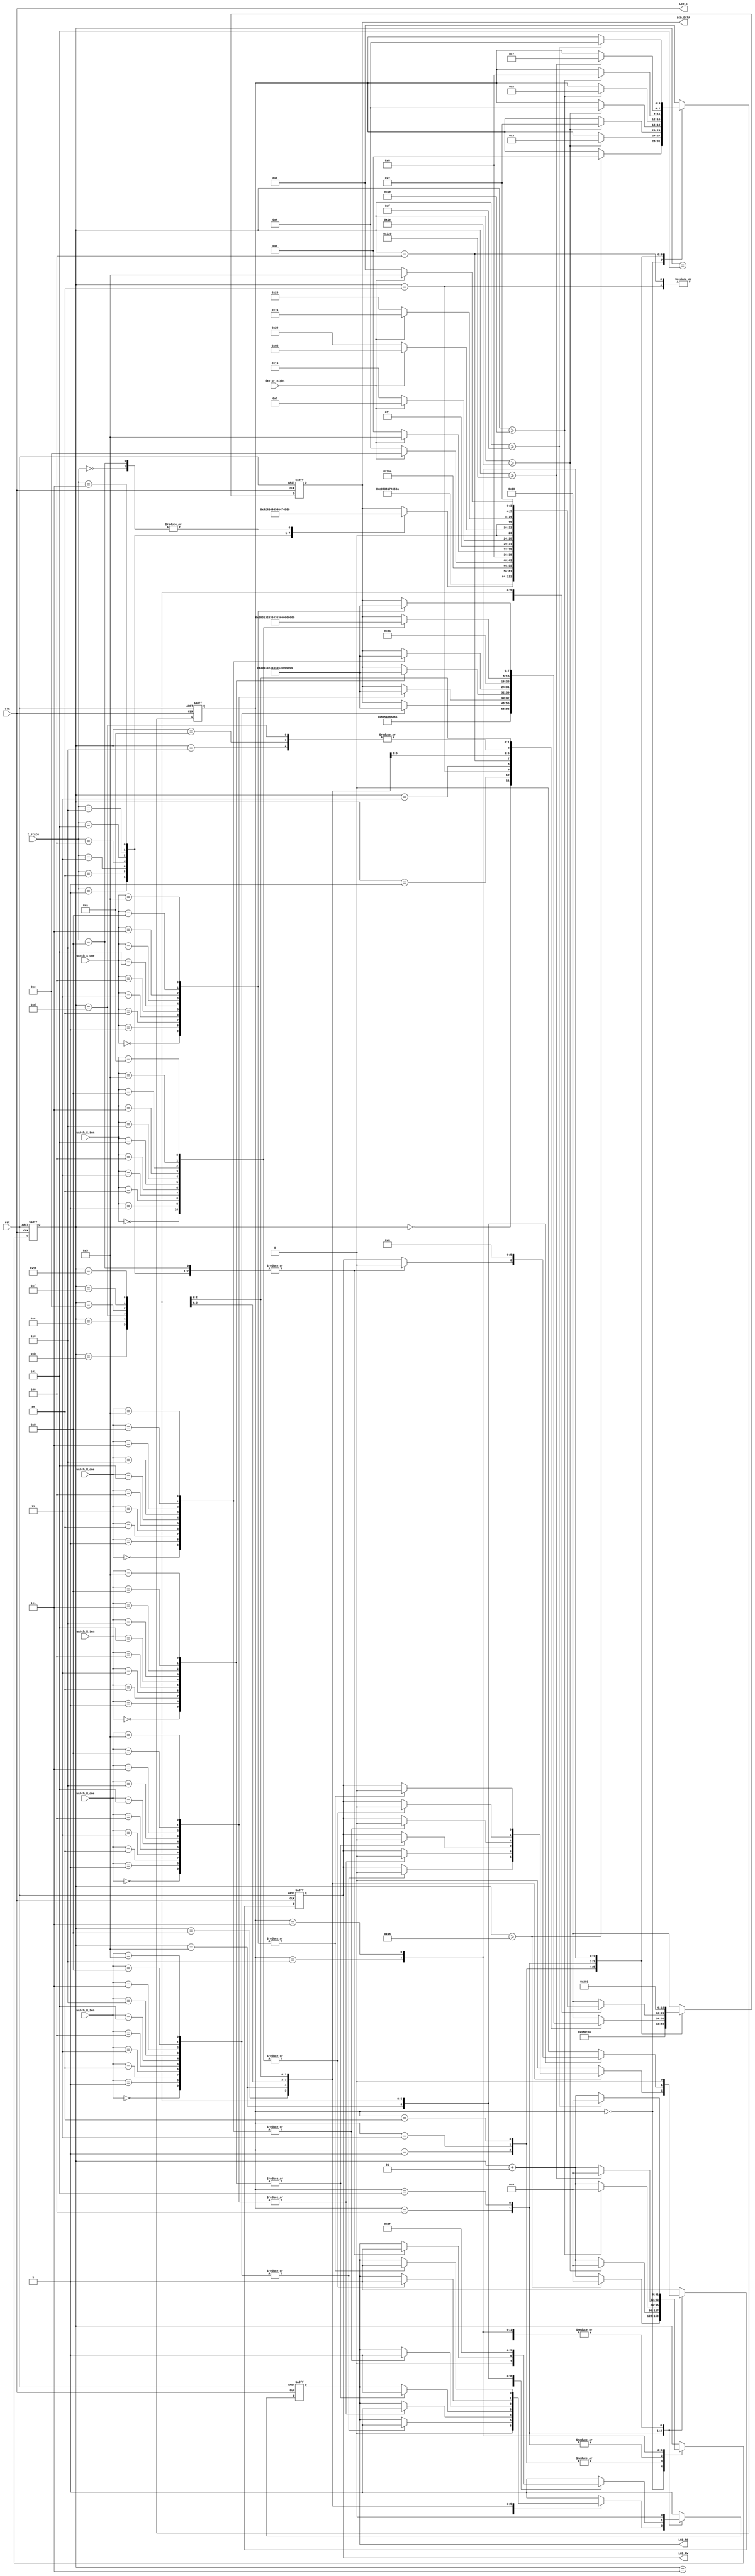
`timescale 1ns / 1ps


module LCD(rst, clk, watch_H_ten,
watch_H_one,
watch_M_ten,
watch_M_one,
watch_S_ten,
watch_S_one, day_or_night, t_state, LCD_E, LCD_RS, LCD_RW, LCD_DATA);

input rst, clk, day_or_night;
input [3:0] t_state; // state of traffic light
input [3:0]  
watch_H_ten,
watch_H_one,
watch_M_ten,
watch_M_one,
watch_S_ten,
watch_S_one;

output LCD_E, LCD_RS, LCD_RW;
output reg [7:0] LCD_DATA;

wire LCD_E;
reg LCD_text;
reg LCD_RS, LCD_RW;

reg [3:0] state; 
parameter DELAY = 3'b000,
          FUNCTION_SET = 3'b001,
          ENTRY_MODE = 3'b010,
          DISP_ONOFF = 3'b011,
          LINE1 = 3'b100,
          LINE2 = 3'b101,
          DELAY_T = 3'b110,
          CLEAR_DISP = 3'b111;

integer cnt;

always @(posedge clk or negedge rst)
begin
    if(!rst) begin
        state = DELAY;
        cnt = 0;
    end
    else
    begin
        case(state)
            DELAY : begin
                if(cnt >= 70) begin
                    state = FUNCTION_SET;
                    cnt = 0;
                end
                else cnt = cnt + 1;
            end
            FUNCTION_SET : begin
                if(cnt >= 30) begin
                    state = DISP_ONOFF;
                    cnt = 0;
                end
                else cnt = cnt + 1;
            end
            DISP_ONOFF : begin
                if(cnt >= 30) begin
                    state = ENTRY_MODE;
                    cnt = 0;
                end
                else cnt = cnt + 1;
            end
            ENTRY_MODE : begin
                if(cnt >= 30) begin
                    state = LINE1;
                    cnt = 0;
                end
                else cnt = cnt + 1;
            end
            LINE1 : begin
                if(cnt >= 25) begin
                    state = LINE2;
                    cnt = 0;
                end
                else cnt = cnt + 1;
            end
            LINE2 : begin
                if(cnt >= 25) begin
                    state = DELAY_T;
                    cnt = 0;
                end
                else cnt = cnt + 1;
            end
            DELAY_T : begin
                if(cnt >= 800) begin
                    state = CLEAR_DISP;
                    cnt = 0;
                end
                else cnt = cnt + 1;
            end
            CLEAR_DISP : begin
                if(cnt >= 15) begin
                    state = LINE1;
                    cnt = 0;
                end
                else cnt = cnt + 1;
            end
            default : state = DELAY;
        endcase
    end
end

always @(posedge clk or negedge rst)
begin
    if(!rst) 
        {LCD_RS, LCD_RW, LCD_DATA} = 10'b1_1_00000000;
    else begin
        case(state)
            FUNCTION_SET :
                {LCD_RS, LCD_RW, LCD_DATA} = 10'b0_0_0011_1000;
            DISP_ONOFF :
                {LCD_RS, LCD_RW, LCD_DATA} = 10'b0_0_0000_1100;
            ENTRY_MODE :
                {LCD_RS, LCD_RW, LCD_DATA} = 10'b0_0_0000_0110;
            LINE1 :
                begin
                    case(cnt)
                    00 : {LCD_RS, LCD_RW, LCD_DATA} = 10'b0_0_1000_0000; 
                    01 : {LCD_RS, LCD_RW, LCD_DATA} = 10'b1_0_0101_0100; //T
                    02 : {LCD_RS, LCD_RW, LCD_DATA} = 10'b1_0_0110_1001; //i
                    03 : {LCD_RS, LCD_RW, LCD_DATA} = 10'b1_0_0110_1101; //m
                    04 : {LCD_RS, LCD_RW, LCD_DATA} = 10'b1_0_0110_0101; //e
                    05 : {LCD_RS, LCD_RW, LCD_DATA} = 10'b1_0_0010_0000; //
                    06 : {LCD_RS, LCD_RW, LCD_DATA} = 10'b1_0_0011_1010; //:
                    07 : {LCD_RS, LCD_RW, LCD_DATA} = 10'b1_0_0010_0000;
                    08 : case(watch_H_ten) 
                            0 : {LCD_RS, LCD_RW, LCD_DATA} = 10'b1_0_0011_0000; 
                            1 : {LCD_RS, LCD_RW, LCD_DATA} = 10'b1_0_0011_0001; 
                            2 : {LCD_RS, LCD_RW, LCD_DATA} = 10'b1_0_0011_0010;
                            3 : {LCD_RS, LCD_RW, LCD_DATA} = 10'b1_0_0011_0011;
                            4 : {LCD_RS, LCD_RW, LCD_DATA} = 10'b1_0_0011_0100;
                            5 : {LCD_RS, LCD_RW, LCD_DATA} = 10'b1_0_0011_0101;
                            6 : {LCD_RS, LCD_RW, LCD_DATA} = 10'b1_0_0011_0110;
                            7 : {LCD_RS, LCD_RW, LCD_DATA} = 10'b1_0_0011_0111;
                            8 : {LCD_RS, LCD_RW, LCD_DATA} = 10'b1_0_0011_1000;
                            9 : {LCD_RS, LCD_RW, LCD_DATA} = 10'b1_0_0011_1001;
                        endcase
                    09 : case(watch_H_one) 
                            0 : {LCD_RS, LCD_RW, LCD_DATA} = 10'b1_0_0011_0000;
                            1 : {LCD_RS, LCD_RW, LCD_DATA} = 10'b1_0_0011_0001;
                            2 : {LCD_RS, LCD_RW, LCD_DATA} = 10'b1_0_0011_0010;
                            3 : {LCD_RS, LCD_RW, LCD_DATA} = 10'b1_0_0011_0011;
                            4 : {LCD_RS, LCD_RW, LCD_DATA} = 10'b1_0_0011_0100;
                            5 : {LCD_RS, LCD_RW, LCD_DATA} = 10'b1_0_0011_0101;
                            6 : {LCD_RS, LCD_RW, LCD_DATA} = 10'b1_0_0011_0110;
                            7 : {LCD_RS, LCD_RW, LCD_DATA} = 10'b1_0_0011_0111;
                            8 : {LCD_RS, LCD_RW, LCD_DATA} = 10'b1_0_0011_1000;
                            9 : {LCD_RS, LCD_RW, LCD_DATA} = 10'b1_0_0011_1001;
                        endcase
                    10 : {LCD_RS, LCD_RW, LCD_DATA} = 10'b1_0_0011_1010; //:
                    11 : case(watch_M_ten) 
                            0 : {LCD_RS, LCD_RW, LCD_DATA} = 10'b1_0_0011_0000;
                            1 : {LCD_RS, LCD_RW, LCD_DATA} = 10'b1_0_0011_0001;
                            2 : {LCD_RS, LCD_RW, LCD_DATA} = 10'b1_0_0011_0010;
                            3 : {LCD_RS, LCD_RW, LCD_DATA} = 10'b1_0_0011_0011;
                            4 : {LCD_RS, LCD_RW, LCD_DATA} = 10'b1_0_0011_0100;
                            5 : {LCD_RS, LCD_RW, LCD_DATA} = 10'b1_0_0011_0101;
                            6 : {LCD_RS, LCD_RW, LCD_DATA} = 10'b1_0_0011_0110;
                            7 : {LCD_RS, LCD_RW, LCD_DATA} = 10'b1_0_0011_0111;
                            8 : {LCD_RS, LCD_RW, LCD_DATA} = 10'b1_0_0011_1000;
                            9 : {LCD_RS, LCD_RW, LCD_DATA} = 10'b1_0_0011_1001;
                        endcase
                    12 : case(watch_M_one) 
                            0 : {LCD_RS, LCD_RW, LCD_DATA} = 10'b1_0_0011_0000;
                            1 : {LCD_RS, LCD_RW, LCD_DATA} = 10'b1_0_0011_0001;
                            2 : {LCD_RS, LCD_RW, LCD_DATA} = 10'b1_0_0011_0010;
                            3 : {LCD_RS, LCD_RW, LCD_DATA} = 10'b1_0_0011_0011;
                            4 : {LCD_RS, LCD_RW, LCD_DATA} = 10'b1_0_0011_0100;
                            5 : {LCD_RS, LCD_RW, LCD_DATA} = 10'b1_0_0011_0101;
                            6 : {LCD_RS, LCD_RW, LCD_DATA} = 10'b1_0_0011_0110;
                            7 : {LCD_RS, LCD_RW, LCD_DATA} = 10'b1_0_0011_0111;
                            8 : {LCD_RS, LCD_RW, LCD_DATA} = 10'b1_0_0011_1000;
                            9 : {LCD_RS, LCD_RW, LCD_DATA} = 10'b1_0_0011_1001;
                         endcase
                     13 : {LCD_RS, LCD_RW, LCD_DATA} = 10'b1_0_0011_1010; //:
                     14 : case(watch_S_ten) 
                            0 : {LCD_RS, LCD_RW, LCD_DATA} = 10'b1_0_0011_0000;
                            1 : {LCD_RS, LCD_RW, LCD_DATA} = 10'b1_0_0011_0001;
                            2 : {LCD_RS, LCD_RW, LCD_DATA} = 10'b1_0_0011_0010;
                            3 : {LCD_RS, LCD_RW, LCD_DATA} = 10'b1_0_0011_0011;
                            4 : {LCD_RS, LCD_RW, LCD_DATA} = 10'b1_0_0011_0100;
                            5 : {LCD_RS, LCD_RW, LCD_DATA} = 10'b1_0_0011_0101;
                            6 : {LCD_RS, LCD_RW, LCD_DATA} = 10'b1_0_0011_0110;
                            7 : {LCD_RS, LCD_RW, LCD_DATA} = 10'b1_0_0011_0111;
                            8 : {LCD_RS, LCD_RW, LCD_DATA} = 10'b1_0_0011_1000;
                            9 : {LCD_RS, LCD_RW, LCD_DATA} = 10'b1_0_0011_1001;
                            10 : {LCD_RS, LCD_RW, LCD_DATA} = 10'b1_0_0001_0110;
                        endcase
                    15 : case(watch_S_one) 
                            0 : {LCD_RS, LCD_RW, LCD_DATA} = 10'b1_0_0011_0000;
                            1 : {LCD_RS, LCD_RW, LCD_DATA} = 10'b1_0_0011_0001;
                            2 : {LCD_RS, LCD_RW, LCD_DATA} = 10'b1_0_0011_0010;
                            3 : {LCD_RS, LCD_RW, LCD_DATA} = 10'b1_0_0011_0011;
                            4 : {LCD_RS, LCD_RW, LCD_DATA} = 10'b1_0_0011_0100;
                            5 : {LCD_RS, LCD_RW, LCD_DATA} = 10'b1_0_0011_0101;
                            6 : {LCD_RS, LCD_RW, LCD_DATA} = 10'b1_0_0011_0110;
                            7 : {LCD_RS, LCD_RW, LCD_DATA} = 10'b1_0_0011_0111;
                            8 : {LCD_RS, LCD_RW, LCD_DATA} = 10'b1_0_0011_1000;
                            9 : {LCD_RS, LCD_RW, LCD_DATA} = 10'b1_0_0011_1001;
                        endcase
                    
                    default : {LCD_RS, LCD_RW, LCD_DATA} = 10'b1_0_0010_0000; //
                endcase
           end
           LINE2 :
                begin
                    case(cnt)
                    00 : {LCD_RS, LCD_RW, LCD_DATA} = 10'b0_0_1100_0000; 
                    01 : {LCD_RS, LCD_RW, LCD_DATA} = 10'b1_0_0101_0011; //S
                    02 : {LCD_RS, LCD_RW, LCD_DATA} = 10'b1_0_0111_0100; //t
                    03 : {LCD_RS, LCD_RW, LCD_DATA} = 10'b1_0_0110_0001; //a
                    04 : {LCD_RS, LCD_RW, LCD_DATA} = 10'b1_0_0111_0100; //t
                    05 : {LCD_RS, LCD_RW, LCD_DATA} = 10'b1_0_0110_0101; //e
                    06 : {LCD_RS, LCD_RW, LCD_DATA} = 10'b1_0_0010_0000; //
                    07 : {LCD_RS, LCD_RW, LCD_DATA} = 10'b1_0_0011_1010; //:
                    08 : {LCD_RS, LCD_RW, LCD_DATA} = 10'b1_0_0010_0000; //  
                    09 : case(t_state)
                            0 : {LCD_RS, LCD_RW, LCD_DATA} = 10'b1_0_0100_0001; //A
                            1 : {LCD_RS, LCD_RW, LCD_DATA} = 10'b1_0_0100_0010; //B
                            2 : {LCD_RS, LCD_RW, LCD_DATA} = 10'b1_0_0100_0011; //C
                            3 : {LCD_RS, LCD_RW, LCD_DATA} = 10'b1_0_0100_0100; //D
                            4 : {LCD_RS, LCD_RW, LCD_DATA} = 10'b1_0_0100_0101; //E
                            5 : {LCD_RS, LCD_RW, LCD_DATA} = 10'b1_0_0100_0110; //F
                            6 : {LCD_RS, LCD_RW, LCD_DATA} = 10'b1_0_0100_0111; //G
                            7 : {LCD_RS, LCD_RW, LCD_DATA} = 10'b1_0_0100_1000; //H
                            8 : {LCD_RS, LCD_RW, LCD_DATA} = 10'b1_0_0100_0001; //emergency_A
                        endcase
                    10 : {LCD_RS, LCD_RW, LCD_DATA} = 10'b1_0_0010_1000; //(
                    11 : {LCD_RS, LCD_RW, LCD_DATA} = day_or_night? 10'b1_0_0100_1110 : 10'b1_0_0100_0100;//N or D
                    12 : {LCD_RS, LCD_RW, LCD_DATA} = day_or_night? 10'b1_0_0110_1001 : 10'b1_0_0110_0001;//i or a
                    13 : {LCD_RS, LCD_RW, LCD_DATA} = day_or_night? 10'b1_0_0110_0111 : 10'b1_0_0111_1001;//g or y
                    14 : {LCD_RS, LCD_RW, LCD_DATA} = day_or_night? 10'b1_0_0110_1000 : 10'b1_0_0010_1001;//h or )
                    15 : {LCD_RS, LCD_RW, LCD_DATA} = day_or_night? 10'b1_0_0111_0100 : 10'b1_0_0010_0000;//t or blank
                    16 : {LCD_RS, LCD_RW, LCD_DATA} = day_or_night? 10'b1_0_0010_1001 : 10'b1_0_0010_0000;//) or blank
                    default : {LCD_RS, LCD_RW, LCD_DATA} = 10'b1_0_0010_0000; //
                endcase
           end
            DELAY_T : 
                {LCD_RS, LCD_RW, LCD_DATA} = 10'b0_0_0000_0010;
            CLEAR_DISP :
                {LCD_RS, LCD_RW, LCD_DATA} = 10'b0_0_0000_0001;
            default :
                {LCD_RS, LCD_RW, LCD_DATA} = 10'b1_1_0010_0000;
         endcase
     end
end

assign LCD_E = clk;

endmodule